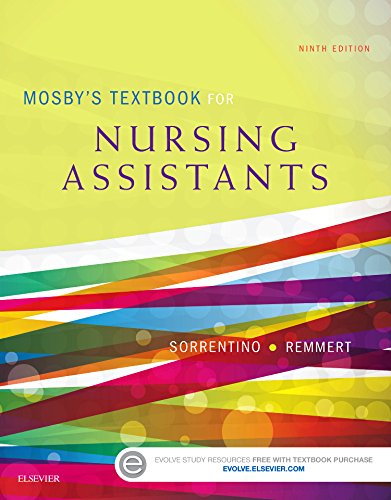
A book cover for Mosby's Textbook for Nursing Assistants - Soft Cover Version, 9e; Sheila A. Sorrentino PhD  RN; Medical Books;